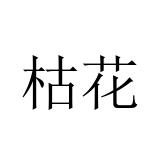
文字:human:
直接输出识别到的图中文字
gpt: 枯花